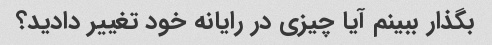
بگذار ببینم آیا چیزی در رایانه خود تغییر دادید؟